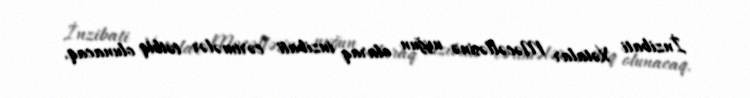
İnzibati Xətalar Məcəlləsinə uyğun olaraq inzibati cərimələr tətbiq olunacaq.